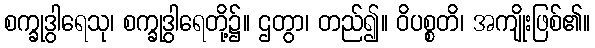
စက္ခုဒွါရေသု၊ စက္ခုဒွါရေတို့၌။ ဌတွာ၊ တည်၍။ ဝိပစ္စတိ၊ အကျိုးဖြစ်၏။